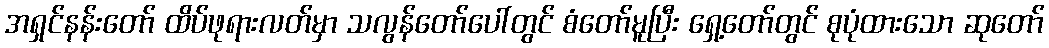
အရှင်နန်းတော် ထိပ်ဖုရားလတ်မှာ သလွန်တော်ပေါ်တွင် စံတော်မူပြီး ရှေ့တော်တွင် စုပုံထားသော ဆုတော်